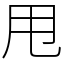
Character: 甩